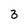
Character: 3